Leaving Certificate Examination, 1919
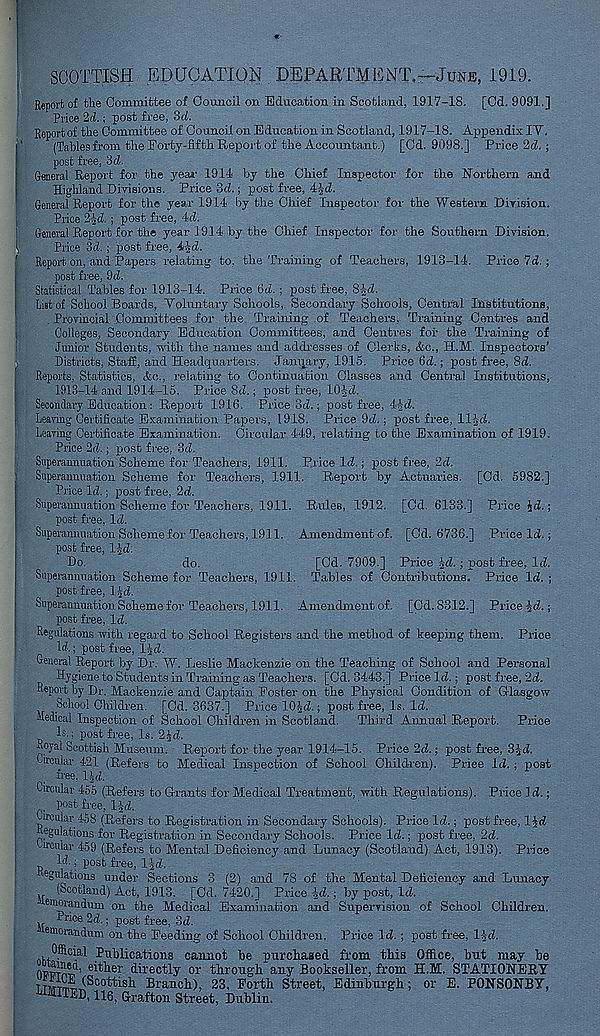
SCOTTISH EDUCATION DEPARTMENT,—June, 1919.
Report of the Committee of Council on Education in Scotland, 1917-18. [Cd. 9091.]
Price 2d.; post free, 3d.
Report of the Committee of Council on Education in Scotland, 1917-18. Appendix IY,
(Tables from the Forty-fifth Report of the Accountant.) [Cd. 9098.] Price 2d. ;
post free, 3d.
General Report for the year 1914 by the Chief Inspector for the Northern and
Highland Divisions. Price 3d.; post free, 4|d.
General Report for the year 1914 by the Chief Inspector for the Western Division.
Price 2id. ; post free, 4d.
General Report for the year 1914 by the Chief Inspector for the Southern Division.
Price 3d. ; post free, 4-|d.
Report on, and Papers relating to, the Training of Teachers, 1913-14. Price 7d. ;
post free, 9d.
Statistical Tables for 1913-14. Price 6d. ; post free, 8-Jd.
List of School Boards, Yoluntary Schools, Secondary Schools, Central Institutions,
. Provincial Committees for the Training of Teachers, Training Centres and
Colleges, Secondary Education Committees, and Centres for the Training of
Junior Students, with the names and addresses of Clerks, Ac., H.M. Inspectors’
Districts, Staff, and Headquarters. January, 1915. Price 6d.; post free, 8d.
Reports, Statistics, Ac., relating to Continuation Classes and Central Institutions,
1913-14 and 1914-15. Price 8d.; post free, lO Jd.
Secondary Education: Report 1916. Price 3d.; post free, 4id.
Leartng Certificate Examination Papoers, 1918. Price 9d.; post free, lljd.
Leaving Certificate Examination. Circular 449, relating to the Examination of 1919.
Price 2d.; post free, 3d.
Superannuation Scheme for Teachers, 1911. Price Id.; post free, 2d.
Superannuation Scheme for Teachers, 1911. Report by Actuaries. [Cd. 5982.]
Price Id.; post free, 2d.
Superannuation Scheme for Teachers, 1911. Rules, 1912. [Cd. 6133.] Price \d.;
post free, Id.
Superannuation Scheme for Teachers, 1911. Amendment of. [Cd. 6736.] Price Id.;
post free, IJd.
Do.
do.
[Cd. 7909.] Price fd.; post free. Id.
Superannuation Scheme for Teachers, 1911. Tables of Contributions. Price Id. ;
post free, l^d.
Superannuation Scheme for Teachers, 1911. Amendment of. [Cd.S312.] Price fd.;
post free, Id.
Regulations with regard to School Register's and the method of keeping them. Price
Id.; post free, lid.
General Report by Dr. W. Leslie Mackenzie on the Teaching of School and Personal
Hygiene to Students in Training as Teachers. [Cd. 3443.] Price Id.; post free, 2d.
Report by Dr. Mackenzie and Captain Foster on the Physical Condition of Glasgow
School Children. [Cd. 3637.] Price ICp.; post free, Is. Id.
Medical Inspection of School Children in Scotland. Third Annual Report. Price
Is.; post free, Is. 2£d.
Royal Scottish Museum. Report for the year 1914-15. Price 2d.; post free, SJd.
Circular 421 (Refers to Medical Inspection of School Children). Price Id. ; post
hee, lid.
Circular 455 (Refers to Grants for Medical Treatment, with Regulations). Price Id.;
post free, l-|d.
Circular 458 (Refers to Registration in Secondary Schools). Price Id.; post free, l^d
Regulations for Registration in Secondary Schools. Price Id.; post free, 2d.
U'cular 459 (Refers to Mental Deficiency and Lunacy (Scotland) Act, 1913). Price
Id; post free, lid..
Regulations under Sections 3 (2) and 78 of the Mental Deficiency and Lunacy
(Scotland) Act, 1913. [Od. 7420.] Price id.; by post, Id.
emorandum on the Medical Examination and Supervision of School Children.
Price 2d.; post free, 3d.
emorandum on the Feeding of School Children. Price Id.; post free, lid.
Official Publications cannot be purchased from this Office, but may be
nuimw?’ eit^er directly or through any Bookseller, from H.M. STATIONERY
irmE (Scottish Branch), 23, Forth Street, Edinburgh; or E. PONSONBY,
LIMITED, H6, Grafton Street, Dublin